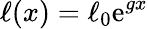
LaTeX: \ell(x)=\ell_{0}\mathrm{e}^{gx}